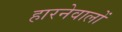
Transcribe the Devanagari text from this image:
हारनेवालों